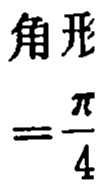
角形
$=\frac{\pi}{4}$